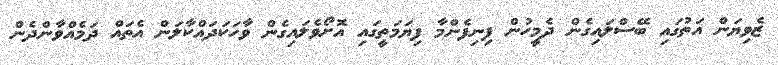
ޒެވިޔަން އަތުގައި ބޭސްލައިގެން ދެމީހުން ފިނިފެންމާ ފިޔަމަތީގައި އޮށޯވެލައިގެން ވާހަކަދައްކާލަން އެތައް ދަމެއްވާންދެން